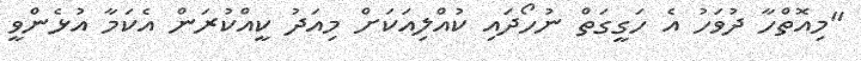
"މިއޮތްހާ ދުވަހު އެ ހަގީގަތް ނުހޯދައި ކުއްލިއަކަށް މިއަދު ކީއްކުރަން އެކަމާ އުޅެންވީ